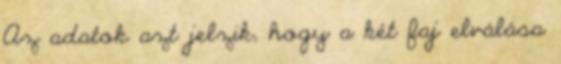
Az adatok azt jelzik, hogy a két faj elválása